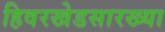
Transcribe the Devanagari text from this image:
हिवरखेडसारख्या